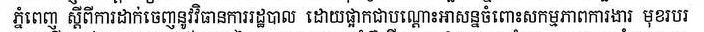
ភ្នំពេញ ស្ដីពីការដាក់ចេញនូវវិធានការរដ្ឋបាល ដោយផ្អាកជាបណ្តោះអាសន្នចំពោះសកម្មភាពការងារ មុខរបរ